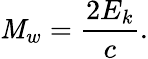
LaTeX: \mathit{M}_{w}={\frac{{2E_{k}}}{{c}}}.